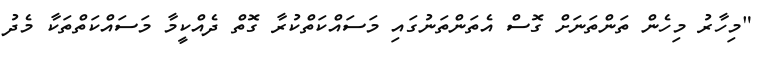
"މިހާރު މިހެން ތަންތަނަށް ގޮސް އެތަންތަނުގައި މަސައްކަތްކުރާ ގޮތް ދެއްކީމާ މަސައްކަތްތަކާ މެދު